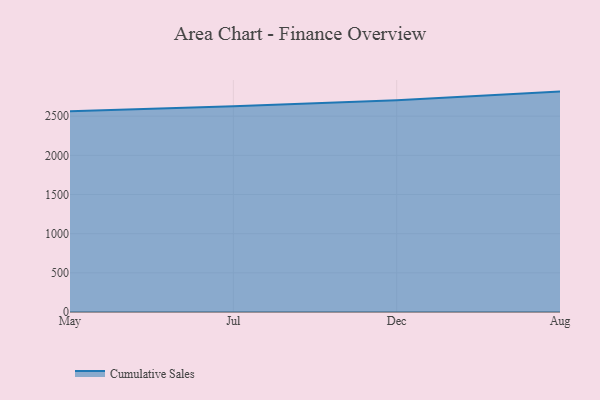
{"axis": {"x": "Month", "y": "Temperature (°C)"}, "legend": ["Cumulative Sales"], "data": [{"x": "May", "y": 2564.2, "type": "Cumulative Sales"}, {"x": "Jul", "y": 2627.6, "type": "Cumulative Sales"}, {"x": "Dec", "y": 2704.8, "type": "Cumulative Sales"}, {"x": "Aug", "y": 2813.7, "type": "Cumulative Sales"}]}